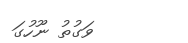
ވަގުތު ނޫހުގަ